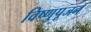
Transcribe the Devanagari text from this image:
विष्णुपूजन